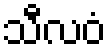
သီလဝံ